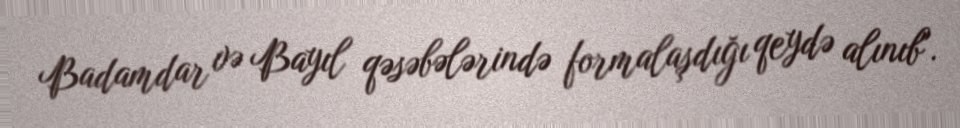
Badamdar və Bayıl qəsəbələrində formalaşdığı qeydə alınıb".